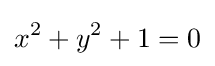
x^{2}+y^{2}+1=0